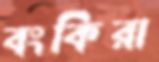
বংকিরা